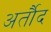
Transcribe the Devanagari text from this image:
अर्तौद